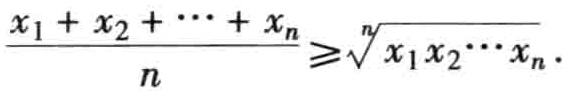
\frac{x_1 + x_2 + \cdots + x_n}{n} \geqslant \sqrt[n]{x_1 x_2 \cdots x_n}